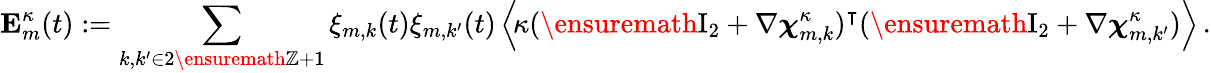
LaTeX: \mathbf{E}_{m}^{\kappa}(t):=\sum_{k,k^{\prime}\in 2\ensuremath{\mathbb{Z}}+1}\xi_{m,k}(t)\xi_{m,k^{\prime}}(t)\, \Bigl\langle\! \kappa(\ensuremath{\mathrm{I}_{2}}+\nabla{\boldsymbol{\chi}}_{m,k}^{\kappa})^{\intercal}(\ensuremath{\mathrm{I}_{2}}+\nabla{\boldsymbol{\chi}}_{m,k^{\prime}}^{\kappa})\Bigr\rangle\, .